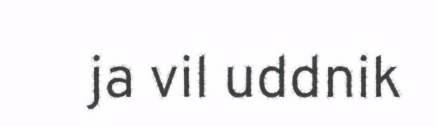
ja vil uddnik